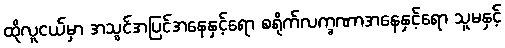
ထိုလူငယ်မှာ အသွင်အပြင်အနေနှင့်ရော စရိုက်လက္ခဏာအနေနှင့်ရော သူမနှင့်